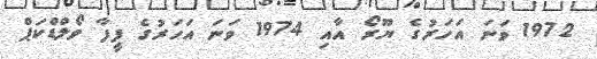
1972 ވަނަ އަހަރުގެ ޔޫރޯ އާއި 1974 ވަނަ އަހަރުގެ ފީފާ ވޯލްޑްކަޕް